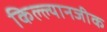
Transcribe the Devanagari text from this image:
किल्ल्यानजीक